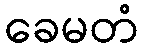
ခေမတံ